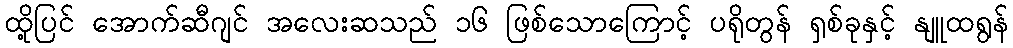
ထို့ပြင် အောက်ဆီဂျင် အလေးဆသည် ၁၆ ဖြစ်သောကြောင့် ပရိုတွန် ရှစ်ခုနှင့် နျူထရွန်